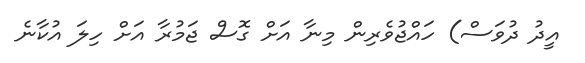
އީދު ދުވަސް) ހައްޖުވެރިން މިނާ އަށް ގޮސް ޖަމުރާ އަށް ހިލަ އުކާނެ